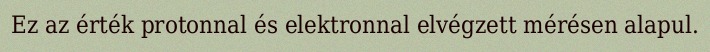
Ez az érték protonnal és elektronnal elvégzett mérésen alapul.